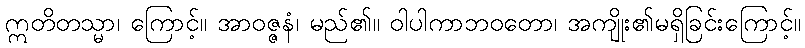
ဣတိတသ္မာ၊ ကြောင့်။ အာဝဇ္ဇနံ၊ မည်၏။ ဝါပါကာဘဝတော၊ အကျိုး၏မရှိခြင်းကြောင့်။